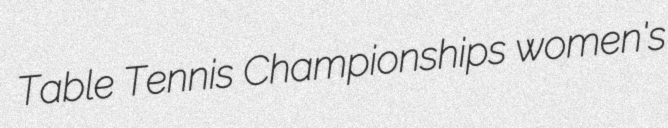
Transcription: Table Tennis Championships women's